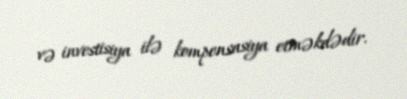
və investisiya ilə kompensasiya etməkdədir.